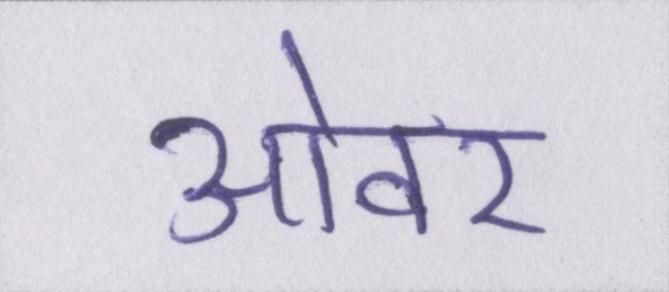
ओवर